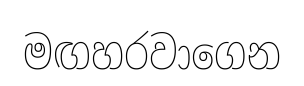
මඟහරවාගෙන